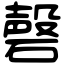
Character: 磬